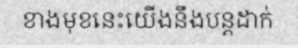
ខាងមុខនេះយើងនឹងបន្តដាក់